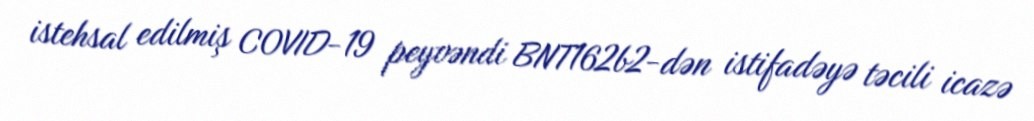
istehsal edilmiş COVID-19 peyvəndi BNT162b2-dən istifadəyə təcili icazə